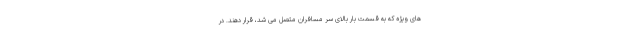
های ویژه که به قسمت بار بالای سر مسافران متصل می شد، قرار دهند. در